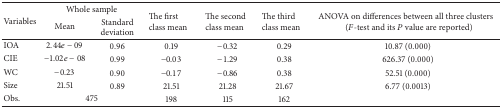
<table><thead><tr><td rowspan="2"><b>Variables</b></td><td colspan="2"><b>Whole sample</b></td><td rowspan="2"><b>The first class mean</b></td><td rowspan="2"><b>The second class mean</b></td><td rowspan="2"><b>The third class mean</b></td><td rowspan="2"><b>ANOVA on differences between all three clusters (<i>F</i>-test and its <i>P</i> value are reported)</b></td></tr><tr><td><b>Mean</b></td><td><b>Standard deviation</b></td></tr></thead><tbody><tr><td>IOA</td><td>2.44<i>e</i> − 09</td><td>0.96</td><td>0.19</td><td>−0.32</td><td>0.29</td><td>10.87 (0.000)</td></tr><tr><td>CIE</td><td>−1.02<i>e</i> − 08</td><td>0.99</td><td>−0.03</td><td>−1.29</td><td>0.38</td><td>626.37 (0.000)</td></tr><tr><td>WC</td><td>−0.23</td><td>0.90</td><td>−0.17</td><td>−0.86</td><td>0.38</td><td>52.51 (0.000)</td></tr><tr><td>Size</td><td>21.51</td><td>0.89</td><td>21.51</td><td>21.28</td><td>21.67</td><td>6.77 (0.0013)</td></tr><tr><td>Obs.</td><td colspan="2">475</td><td>198</td><td>115</td><td>162</td><td> </td></tr></tbody></table>